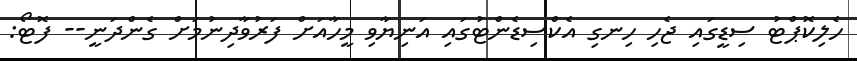
ހެލިކޮޕްޓު ސިޑީގައި ޖެހި ހިނގި އެކްސިޑެންޓުގައި އަނިޔާވި މީހާއަށް ފަރުވާދިނުމަށް ގެންދަނީ-- ފޮޓޯ: